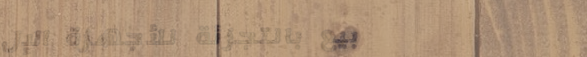
بيع بالتجزئة للأجهزة الإل